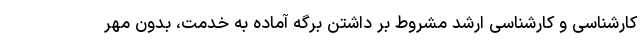
کارشناسی و کارشناسی ارشد مشروط بر داشتن برگه آماده به خدمت، بدون مهر